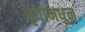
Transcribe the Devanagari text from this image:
धृवांमधुन